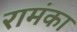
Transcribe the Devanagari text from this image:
रामंका